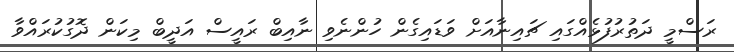
ރަސްމީ ދަތުރުފުޅެއްގައި ޗައިނާއަށް ވަޑައިގެން ހުންނެވި ނާއިބް ރައީސް އަދީބް މިކަން ދޮގުކުރައްވާ